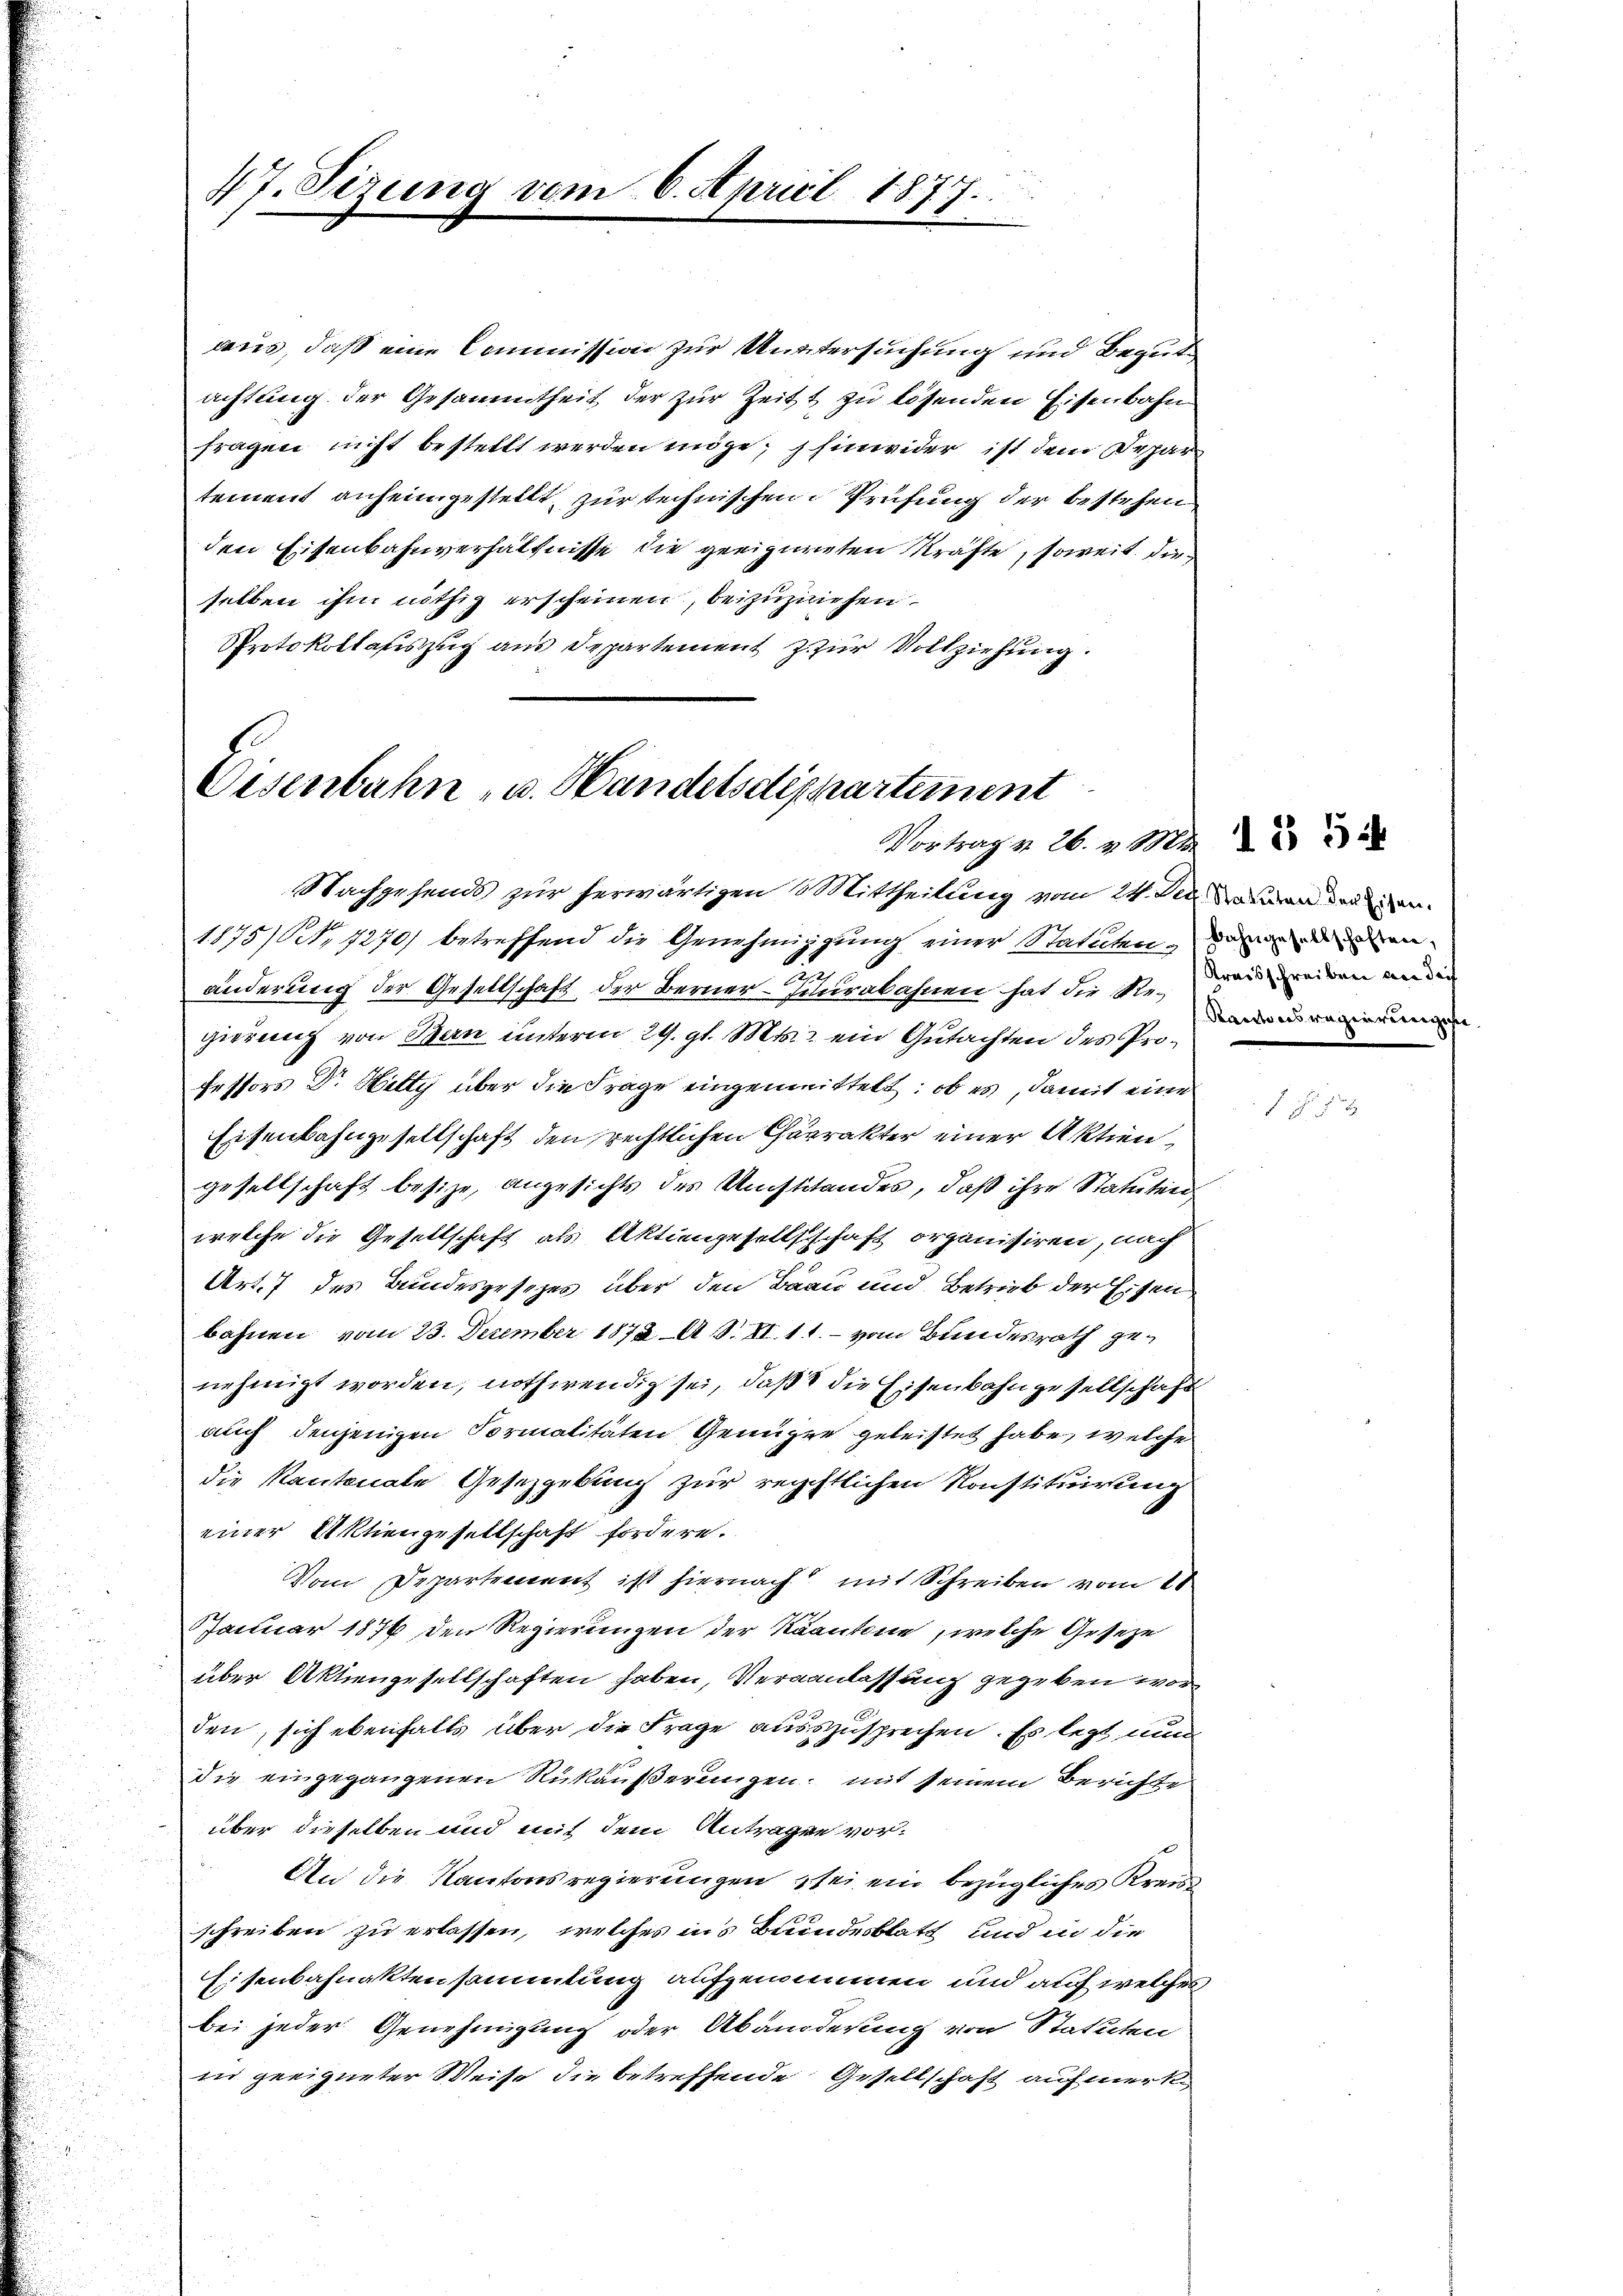
47. Sizung vom 6. April 1877.

aus, daß eine Commission zur Untersuchung und Begutachtung der Gesammtheit der zur Zeit zu lösenden Eisenbahn
fragen nicht bestellt werden möge; hinwider ist dem Depar
tement anheimgestellt, zur technischen Prüfung der bestehen
den Eisenbahnverhältnisse die geeigneten Kräfte, soweit die
selben ihm nöthig erscheinen, beizuziehen.
Protokollasiszug aus Departement Z. zur Vollziehung.

Eisenbahn- u. Handelsdeppartement
Vortrag v. 26. v. M

Nachgehends zur herwärtigen 8 Mittheilung vom 24. Der anden der in
1875) No 1270) betreffend die Genehmigung einer Statuten, dann den
änderung der Gesellschaft der Berner-Purabahnen hat die Rede einen anden
gierung von Bern unterm 24. gl. Mts. ein Gutachten des Professors Dr. Hilty über die Frage eingenmittelt: ob es, damit eine
Eisenbahngesellschaft den rechtlichen Charakter einer Aktien,
gesellschaft besize, angesichts des Umstitandes, daß ihre Statutenwelche die Gesellschaft als Aktiengesellschaft organisiren, nach
Art. 7 des Bundesgesetzes über den Bau und Betrieb der Eisen
bahnen vom 23. Dezember 1872 A. S. XI. 11. vom Bundesrath genehmigt worden, nothwendig sei, daß die Eisenbahngesellschaft
auch denjenigen Formalitäten Genüge geleistet habe, welche
die Kantonale Gesetzgebung zur rechtlichen Konstituirung
einer Aktiengesellschaft fordere.
Vom Departement ist hiernach mit Schreiben vom 21
Januar 1876 den Regierungen der Kantone, welche Geseze
über Aktiengesellschaften haben, Veranlassung gegeben vor
den, sich ebenfalls über die Frage ausszusprechen. Es legt nun
die eingegangenen Rükäußerungen: mit seinem Berichte
über dieselben und mit dem Antragen vor¬
An die Kantonsregierungen sei ein bezügliches Kreis
schreiben zu erlassen, welches ins Bundesblatt und in die
Eisenbahnaktensammlung aufgenommen und auf welches
bei jeder Genehmigung oder Abänderung von Statuten
in geeigneter Weise die betreffende Gesellschaft aufmerk

Ractores wegensverregiste |

1 f 54